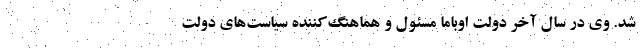
شد. وی در سال آخر دولت اوباما مسئول و هماهنگ‌کننده سیاست‌های دولت